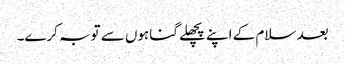
بعد سلام کے اپنے پچھلے گناہوں سے توبہ کرے۔